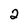
Character: 2